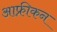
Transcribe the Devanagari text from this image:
आफ्रीकन